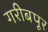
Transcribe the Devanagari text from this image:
गरीबपूर